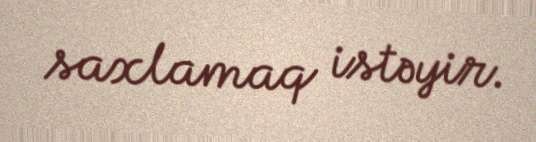
saxlamaq istəyir.